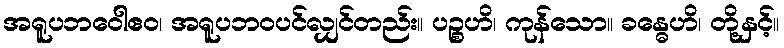
အရူပဘဝေါဧဝ၊ အရူပဘဝပင်လျှင်တည်း။ ပဉ္စဟိ၊ ကုန်သော။ ခန္ဓေဟိ၊ တို့နှင့်။